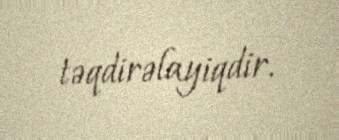
təqdirəlayiqdir.